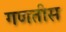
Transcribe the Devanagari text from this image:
गणतीस